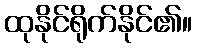
ထုနိုင်ရိုက်နိုင်၏။